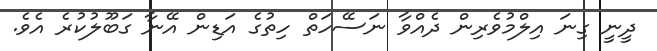
ދީނީ ގިނަ އިލްމުވެރިން ދެއްވާ ނަސޭހަތް ހިތުގެ އަޑިން އޭނާ ގަބޫލުކުރެ އެވެ.